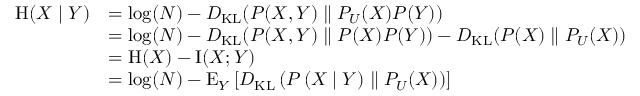
{ \begin{array} { r l } { \mathrm { H } ( X \mid Y ) } & { = \log ( N ) - D _ { \mathrm { K L } } ( P ( X , Y ) \parallel P _ { U } ( X ) P ( Y ) ) } \\ & { = \log ( N ) - D _ { \mathrm { K L } } ( P ( X , Y ) \parallel P ( X ) P ( Y ) ) - D _ { \mathrm { K L } } ( P ( X ) \parallel P _ { U } ( X ) ) } \\ & { = \mathrm { H } ( X ) - \operatorname { I } ( X ; Y ) } \\ & { = \log ( N ) - \operatorname { E } _ { Y } \left[ D _ { \mathrm { K L } } \left( P \left( X \mid Y \right) \parallel P _ { U } ( X ) \right) \right] } \end{array} }